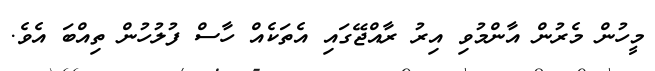
މީހުން މެރުން އާންމުވި އިރު ރާއްޖޭގައި އެތަކެއް ހާސް ފުލުހުން ތިއްބަ އެވެ.